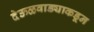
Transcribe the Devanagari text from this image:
देऊळवाड्याकडून